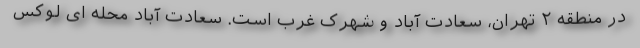
در منطقه ۲ تهران، سعادت آباد و شهرک غرب است. سعادت آباد محله ای لوکس